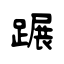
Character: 蹍